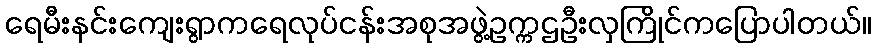
ရေမီးနင်းကျေးရွာကရေလုပ်ငန်းအစုအဖွဲ့ဥက္ကဌဦးလှကြိုင်ကပြောပါတယ်။